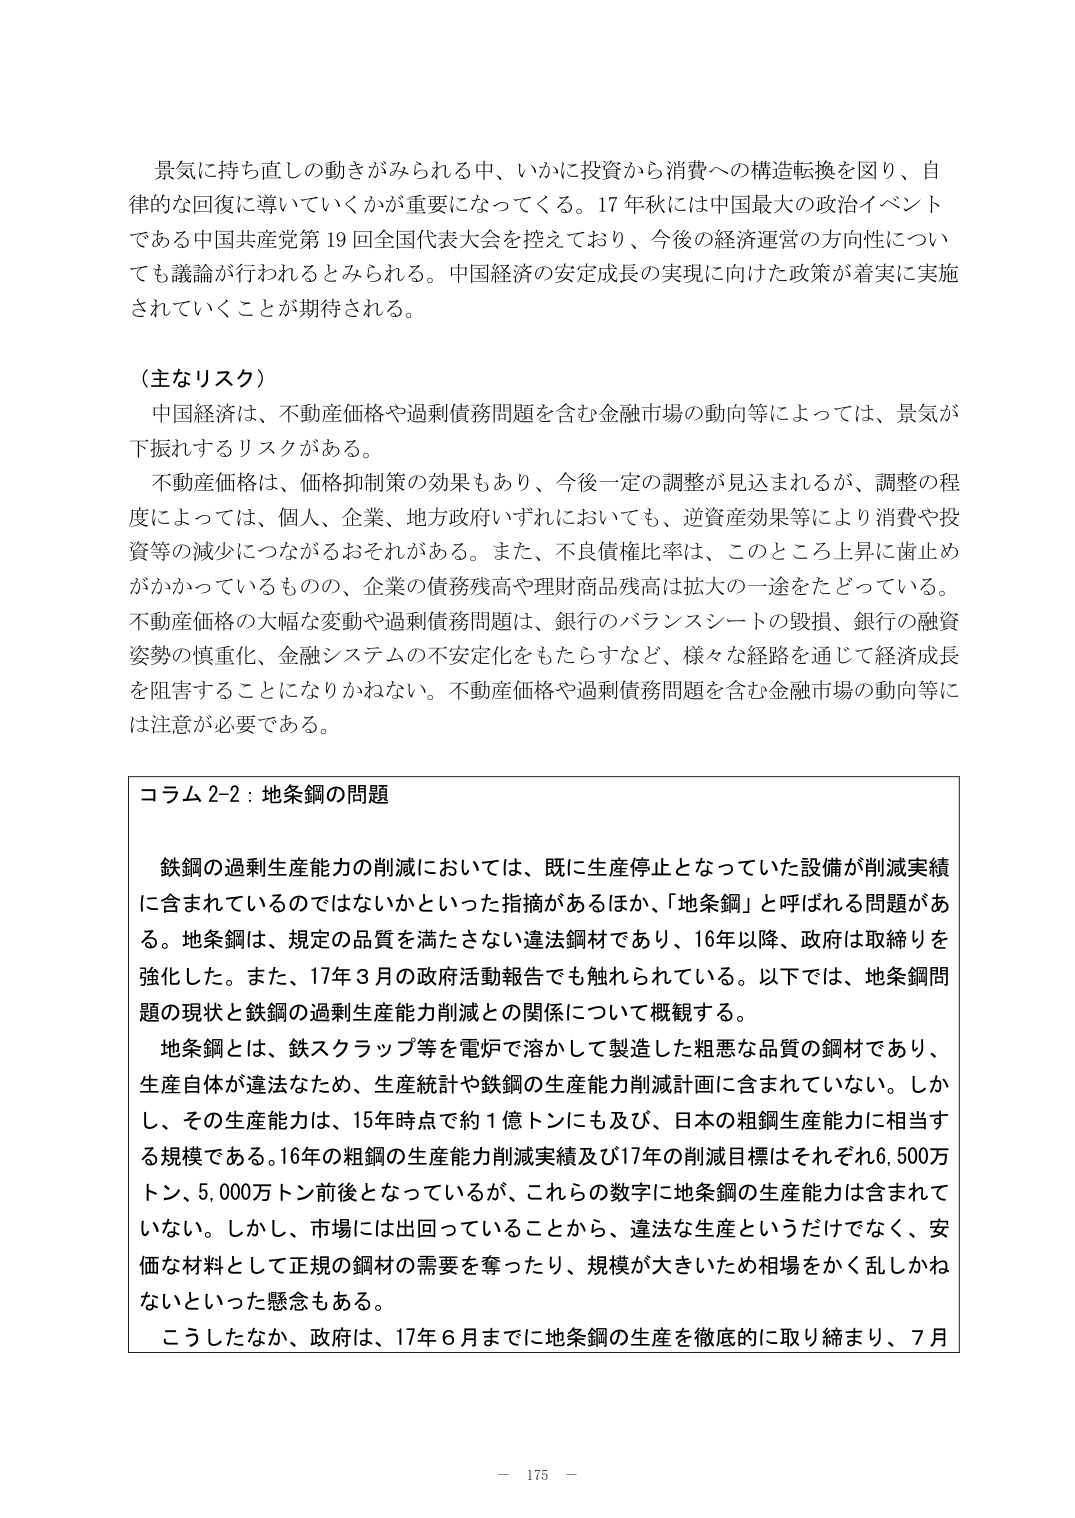
景気に持ち直しの動きがみられる中、いかに投資から消費への構造転換を図り、自律的な回復に導いていくかが重要になってくる。17年秋には中国最大の政治イベントである中国共産党第19回全国代表大会を控えており、今後の経済運営の方向性についても議論が行われるとみられる。中国経済の安定成長の実現に向けた政策が着実に実施されていくことが期待される。

（主なリスク）

中国経済は、不動産価格や過剰債務問題を含む金融市場の動向等によっては、景気が下振れするリスクがある。

不動産価格は、価格抑制策の効果もあり、今後一定の調整が見込まれるが、調整の程度によっては、個人、企業、地方政府いずれにおいても、逆資産効果等により消費や投資等の減少につながるおそれがある。また、不良債権比率は、このところ上昇に歯止めがかかっているものの、企業の債務残高や理財商品残高は拡大の一途をたどっている。不動産価格の大幅な変動や過剰債務問題は、銀行のバランスシートの毀損、銀行の融資姿勢の慎重化、金融システムの不安定化をもたらすなど、様々な経路を通じて経済成長を阻害することになりかねない。不動産価格や過剰債務問題を含む金融市場の動向等には注意が必要である。

コラム2-2：地条鋼の問題

鉄鋼の過剰生産能力の削減においては、既に生産停止となっていた設備が削減実績に含まれているのではないかといった指摘があるほか、「地条鋼」と呼ばれる問題がある。地条鋼は、規定の品質を満たさない違法鋼材であり、16年以降、政府は取締りを強化した。また、17年3月の政府活動報告でも触れられている。以下では、地条鋼問題の現状と鉄鋼の過剰生産能力削減との関係について概観する。

地条鋼とは、鉄スクラップ等を電炉で溶かして製造した粗悪な品質の鋼材であり、生産自体が違法なため、生産統計や鉄鋼の生産能力削減計画に含まれていない。しかし、その生産能力は、15年時点で約1億トンにも及び、日本の粗鋼生産能力に相当する規模である。16年の粗鋼の生産能力削減実績及び17年の削減目標はそれぞれ6,500万トン、5,000万トン前後となっているが、これらの数字に地条鋼の生産能力は含まれていない。しかし、市場には出回っていることから、違法な生産というだけでなく、安価な材料として正規の鋼材の需要を奪ったり、規模が大きいため相場をかく乱しかねないといった懸念もある。

こうしたなか、政府は、17年6月までに地条鋼の生産を徹底的に取り締まり、7月

－ 175 －